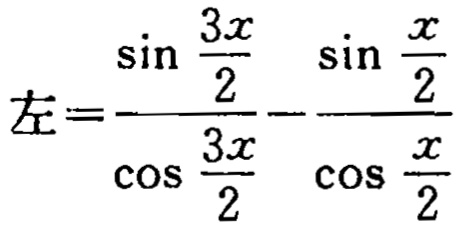
左=\(\frac{\sin \frac{3x}{2}}{\cos \frac{3x}{2}} - \frac{\sin \frac{x}{2}}{\cos \frac{x}{2}}\)